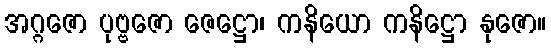
အဂ္ဂဇော ပုဗ္ဗဇော ဇေဋ္ဌော၊ ကနိယော ကနိဋ္ဌော နုဇော။